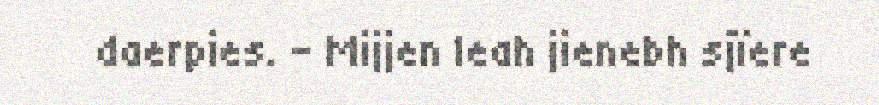
daerpies. – Mijjen leah jienebh sjïere